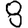
Digit: 8